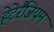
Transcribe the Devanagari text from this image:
हेटेरैंजियम